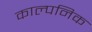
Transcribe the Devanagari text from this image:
काल्‍पनिक